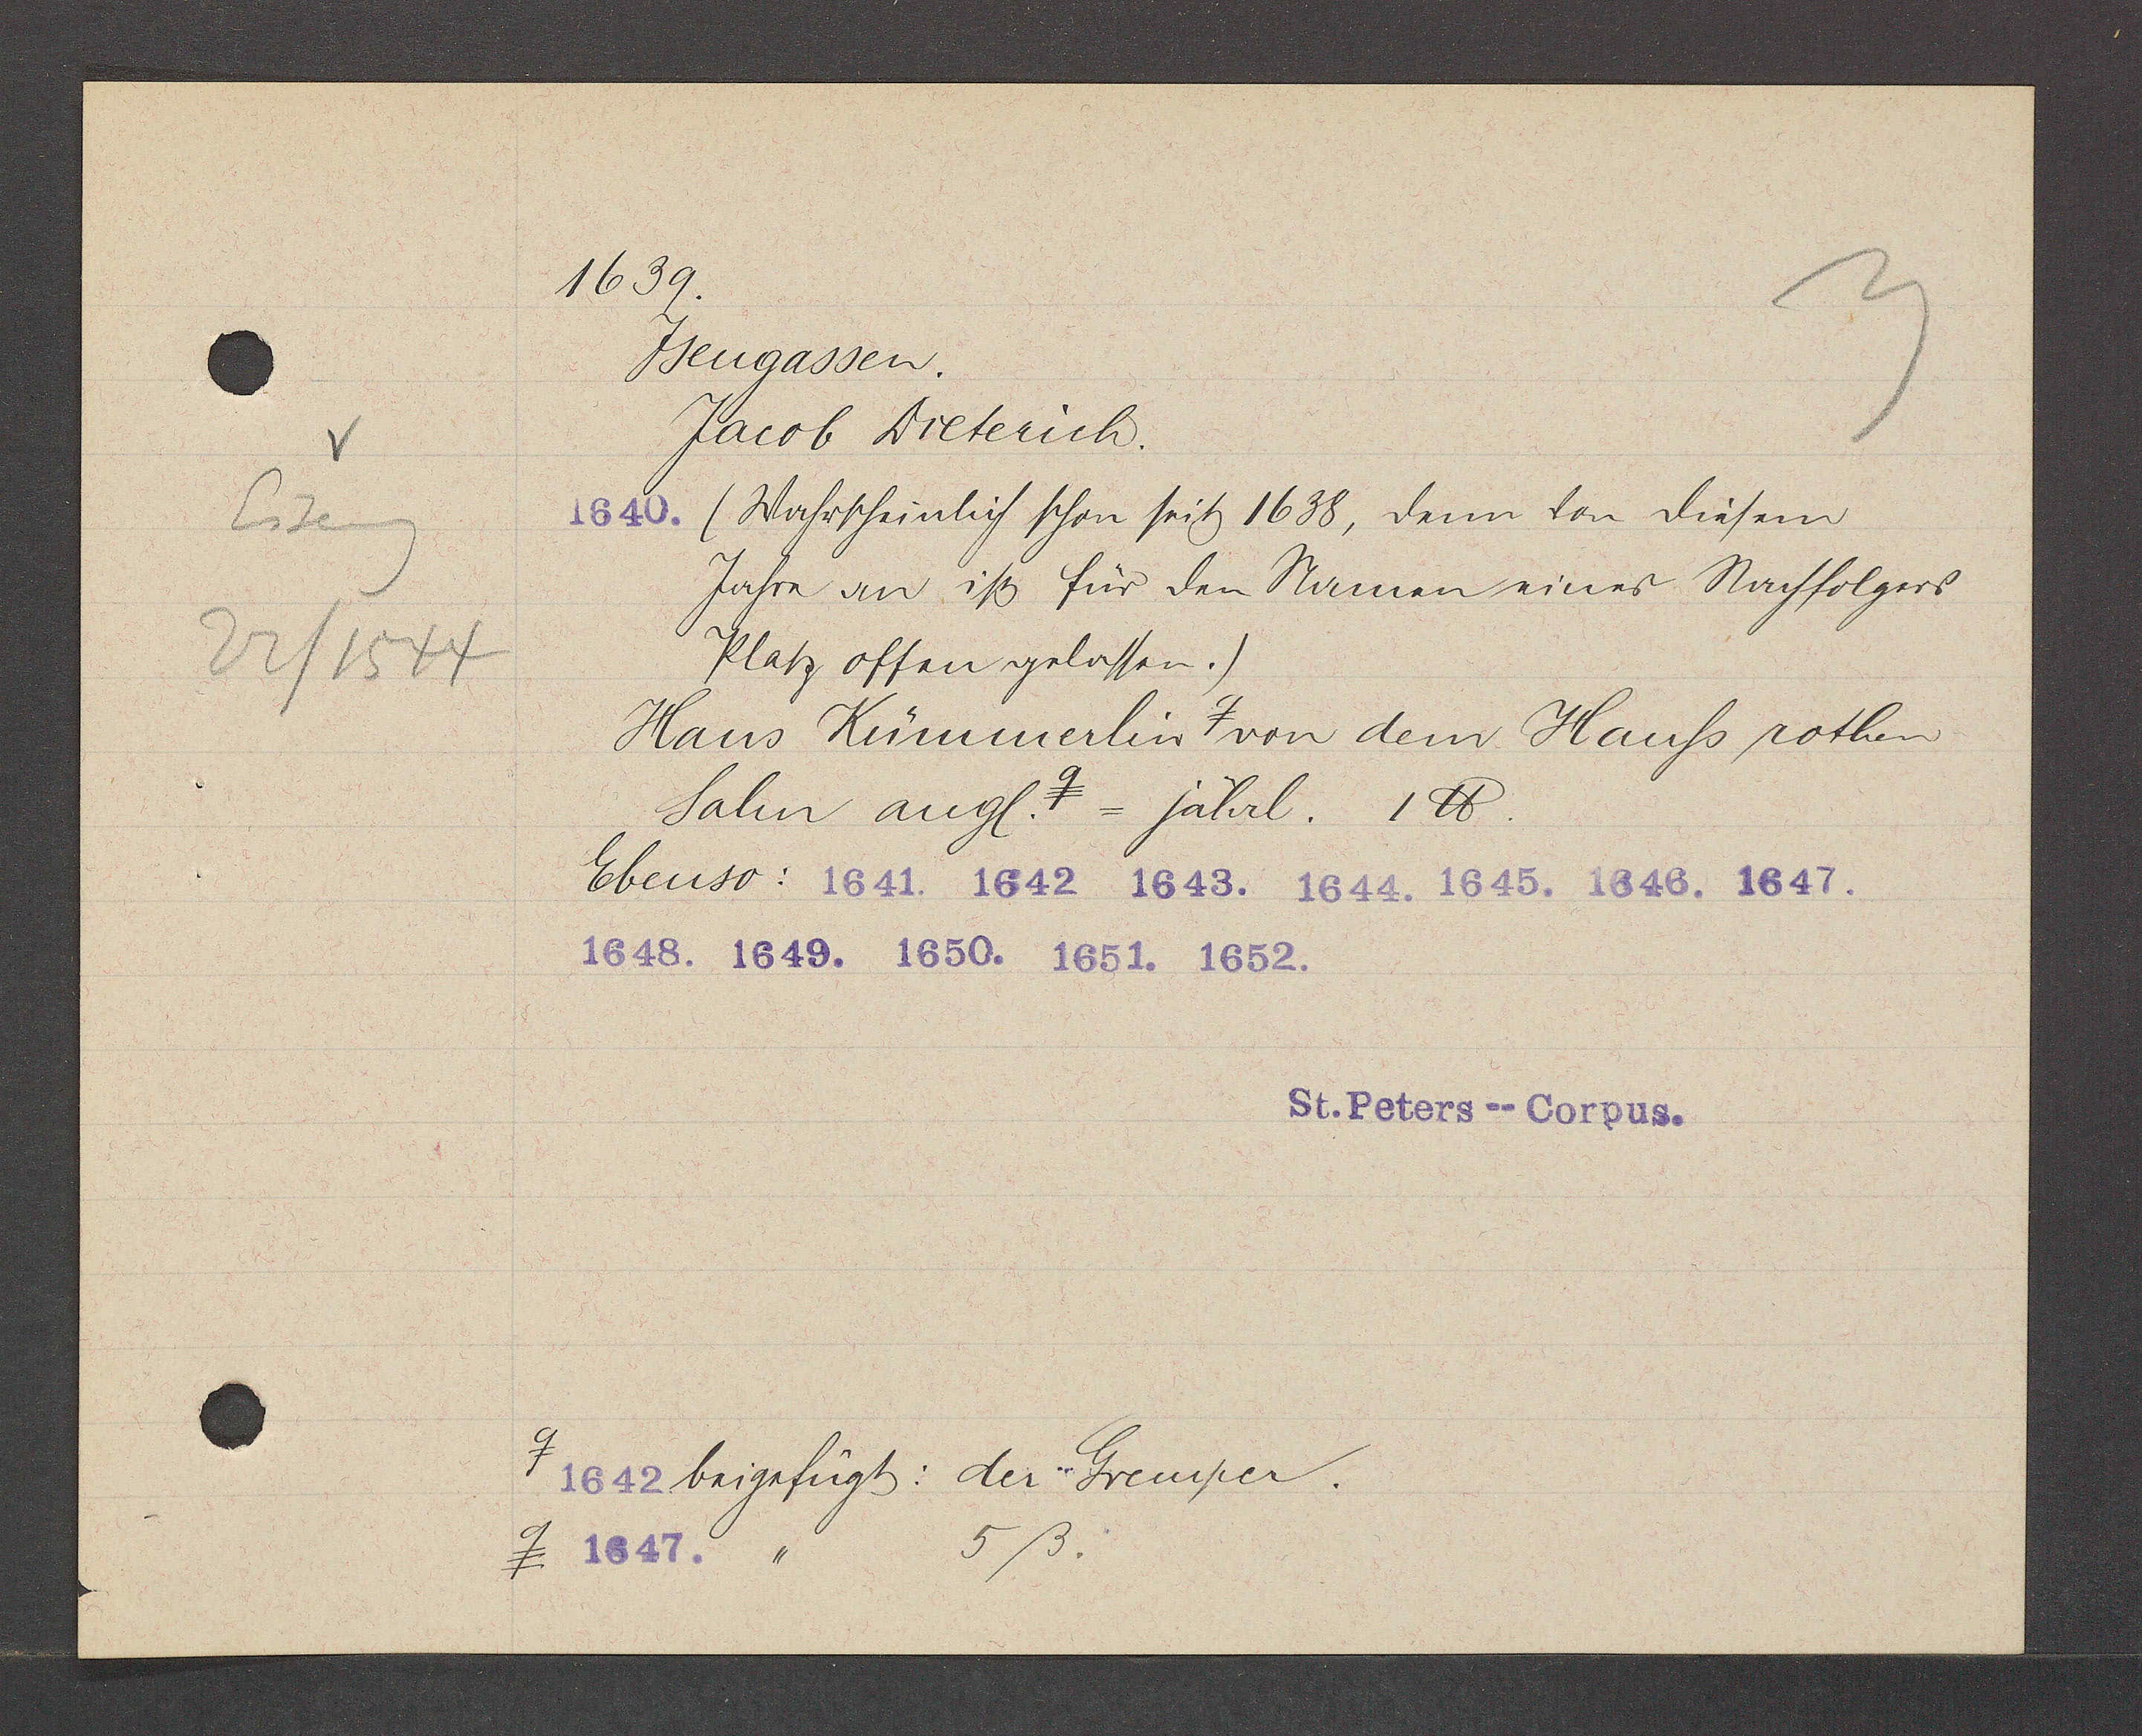
Transcript:
Eiseng
22/1544

1639.
Ysengassen.
Jacob Dieterich.
(Wahrscheinlich schon seit 1636, denn von diesem
Jahre an ist für den Namen eines Nachfolgers
Platz offen gelassen.)
Hans Kümmerlin ɋ von dem Hauß rothen
Salm angl. ɋ Jährl. 1℔.
Ebenso:
ɋ
beigefügt: der Gremper.
5ß
ɋ